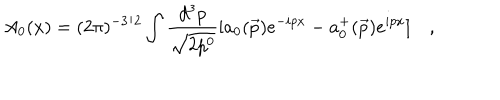
A _ { 0 } ( x ) = ( 2 \pi ) ^ { - 3 / 2 } \int \frac { d ^ { 3 } p } { \sqrt { 2 p ^ { 0 } } } [ a _ { 0 } ( \vec { p } ) e ^ { - i p x } - a _ { 0 } ^ { + } ( \vec { p } ) e ^ { i p x } ] \quad ,